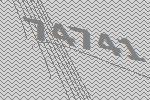
74741